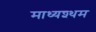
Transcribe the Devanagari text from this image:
माध्यश्थम